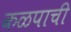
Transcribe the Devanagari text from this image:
कळपाची